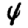
Digit: 4